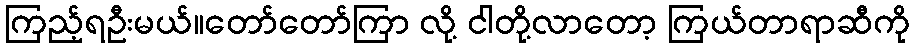
ကြည့်ရဦးမယ်။တော်တော်ကြာ လို့ ငါတို့လာတော့ ကြယ်တာရာဆီကို